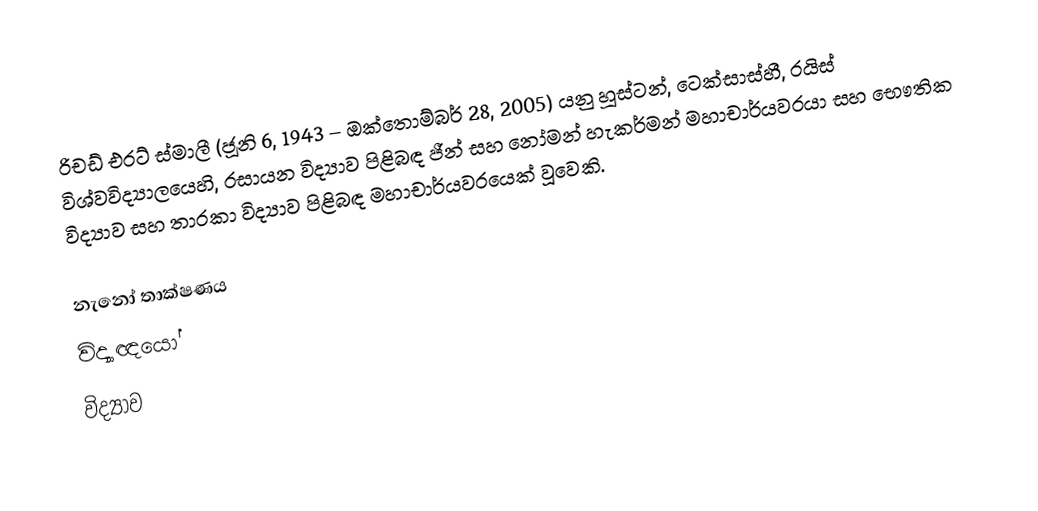
රිචඩ් එරට් ස්මාලී (ජූනි 6, 1943 – ඔක්තොම්බර් 28, 2005) යනු හූස්ටන්, ටෙක්සාස්හී,   රයිස් විශ්වවිද්‍යාලයෙහි, රසායන විද්‍යාව පිළිබඳ ජීන් සහ නෝමන් හැකර්මන් මහාචාර්යවරයා සහ  භෞතික විද්‍යාව සහ තාරකා විද්‍යාව පිළිබඳ මහාචාර්යවරයෙක් වූවෙකි.

නැ‍නෝ තාක්ෂණය
විද්‍යාඥයෝ
විද්‍යාව